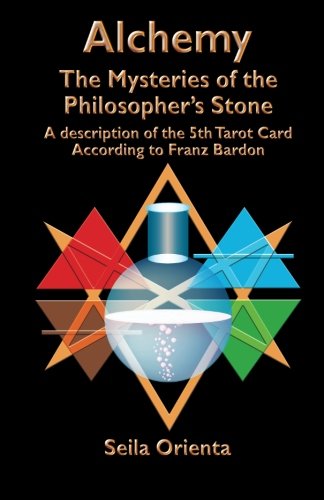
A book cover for Alchemy ? The Mysteries of the  Philosopher's Stone: Revelation of the 5th Tarot Card According to Franz Bardon; Seila Orienta; Religion & Spirituality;